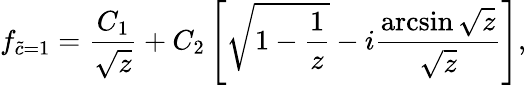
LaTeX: f_{\widetilde c=1}=\frac{C_{1}}{\sqrt{z}}+C_{2}\left[\sqrt{1-\frac{1}{z}}-i\frac{\arcsin{\sqrt{z}}}{\sqrt{z}}\right],